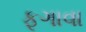
ફૂગાવા